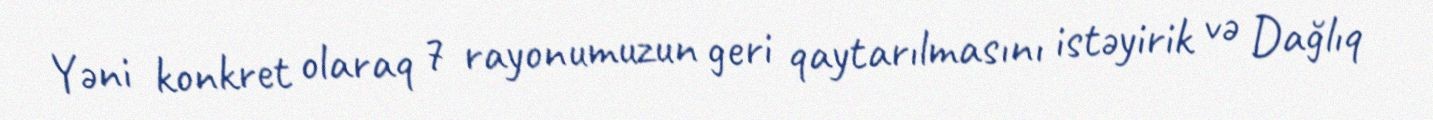
Yəni konkret olaraq 7 rayonumuzun geri qaytarılmasını istəyirik və Dağlıq